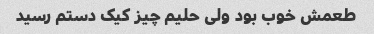
طعمش خوب بود ولی حلیم چیز کیک دستم رسید